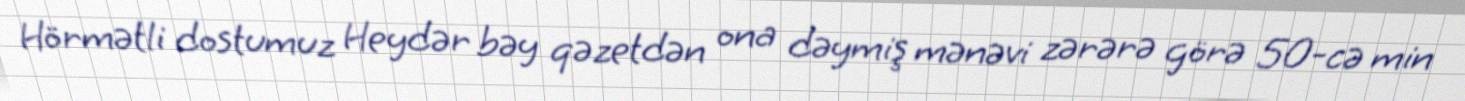
Hörmətli dostumuz Heydər bəy qəzetdən ona dəymiş mənəvi zərərə görə 50-cə min